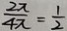
\frac { 2 x } { 4 x } = \frac { 1 } { 2 }